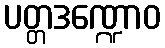
ပတ္တဒဏ္ဍောဝ